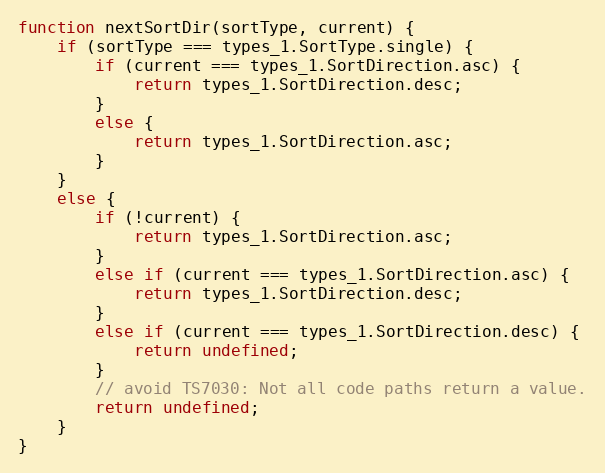
Language: JavaScript
function nextSortDir(sortType, current) {
    if (sortType === types_1.SortType.single) {
        if (current === types_1.SortDirection.asc) {
            return types_1.SortDirection.desc;
        }
        else {
            return types_1.SortDirection.asc;
        }
    }
    else {
        if (!current) {
            return types_1.SortDirection.asc;
        }
        else if (current === types_1.SortDirection.asc) {
            return types_1.SortDirection.desc;
        }
        else if (current === types_1.SortDirection.desc) {
            return undefined;
        }
        // avoid TS7030: Not all code paths return a value.
        return undefined;
    }
}